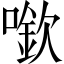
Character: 𠾬